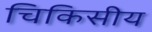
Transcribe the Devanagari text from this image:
चिकिसीय